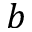
b